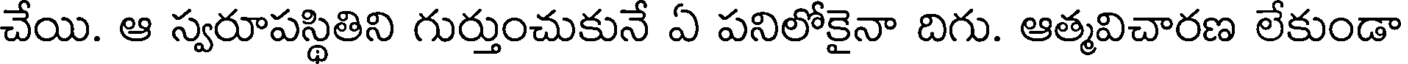
చేయి. ఆ స్వరూపస్థితిని గుర్తుంచుకునే ఏ పనిలోకైనా దిగు. ఆత్మవిచారణ లేకుండా